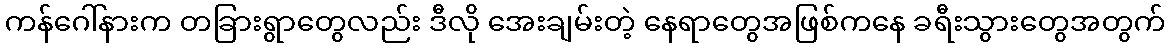
ကန်ဂေါ်နားက တခြားရွာတွေလည်း ဒီလို အေးချမ်းတဲ့ နေရာတွေအဖြစ်ကနေ ခရီးသွားတွေအတွက်